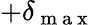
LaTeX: +\delta_{\mathrm{~m~a~x~}}